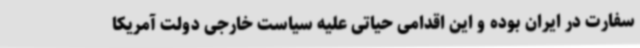
سفارت در ایران بوده و این اقدامی حیاتی علیه سیاست خارجی دولت آمریکا